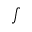
\textstyle \int